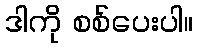
ဒါကို စစ်ပေးပါ။